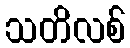
သတိလစ်